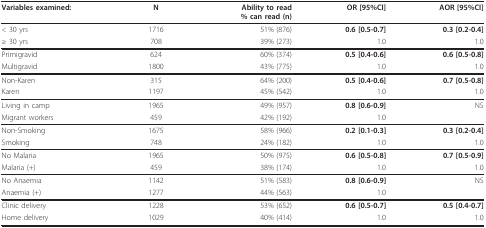
| Variables examined: | N | Ability to read% can read (n) | OR [95%CI] | AOR [95%CI] |
 | --- | --- | --- | --- | --- |
 | < 30 yrs | 1716 | 51% (876) | 0.6 [0.5-0.7] | 0.3 [0.2-0.4] |
 | ≥ 30 yrs | 708 | 39% (273) | 1.0 | 1.0 |
 | Primigravid | 624 | 60% (374) | 0.5 [0.4-0.6] | 0.6 [0.5-0.8] |
 | Multigravid | 1800 | 43% (775) | 1.0 | 1.0 |
 | Non-Karen | 315 | 64% (200) | 0.5 [0.4-0.6] | 0.7 [0.5-0.8] |
 | Karen | 1197 | 45% (542) | 1.0 | 1.0 |
 | Living in camp | 1965 | 49% (957) | 0.8 [0.6-0.9] | NS |
 | Migrant workers | 459 | 42% (192) | 1.0 |  |
 | Non-Smoking | 1675 | 58% (966) | 0.2 [0.1-0.3] | 0.3 [0.2-0.4] |
 | Smoking | 748 | 24% (182) | 1.0 | 1.0 |
 | No Malaria | 1965 | 50% (975) | 0.6 [0.5-0.8] | 0.7 [0.5-0.9] |
 | Malaria (+) | 459 | 38% (174) | 1.0 | 1.0 |
 | No Anaemia | 1142 | 51% (583) | 0.8 [0.6-0.9] | NS |
 | Anaemia (+) | 1277 | 44% (563) | 1.0 |  |
 | Clinic delivery | 1228 | 53% (652) | 0.6 [0.5-0.7] | 0.5 [0.4-0.7] |
 | Home delivery | 1029 | 40% (414) | 1.0 | 1.0 |